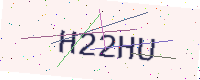
Text: H22HU